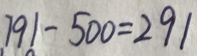
7 9 1 - 5 0 0 = 2 9 1